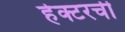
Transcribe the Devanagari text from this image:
हेक्टरची